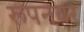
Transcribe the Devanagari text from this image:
रूपनवर